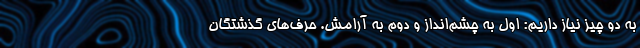
به دو چیز نیاز داریم: اول به چشم‌انداز و دوم به آرامش. حرف‌های گذشتگان